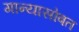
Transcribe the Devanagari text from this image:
गान्यासोबत